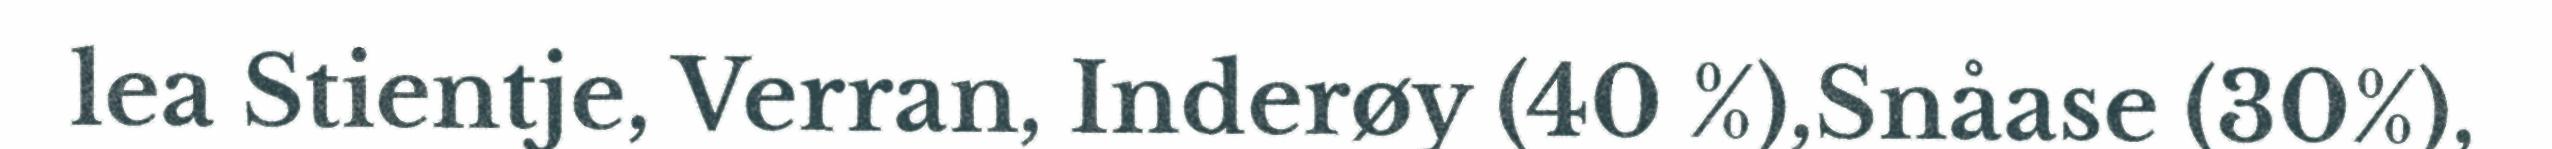
lea Stientje, Verran, Inderøy (40 %),Snåase (30%),